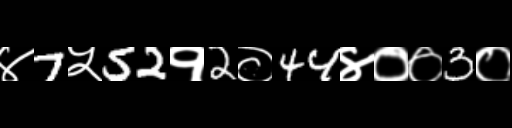
Text: ४7५52१2०44४००3०